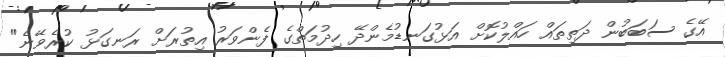
އޭގެ ސަބަބުން ދަތިތައް ހައްލުކޮށް އަޅުގަނޑުމެންދޭ ހިދުމަތްގެ ފެންވަރު އިތުރަށް ރަނގަޅު ކުރެވޭނެ"